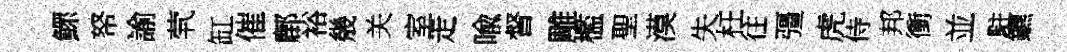
鰥帑諭茕缸催鄜裕㡬关室走喩督雕檻聖漠失枉往彊虎侍邦衝並駐鑣